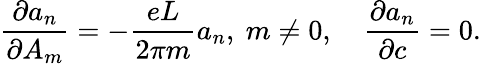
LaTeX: \frac{\partial a_{n}}{\partial A_{m}}=-\frac{eL}{2\pi m}a_{n},\ m\neq 0,\quad\frac{\partial a_{n}}{\partial c}=0.